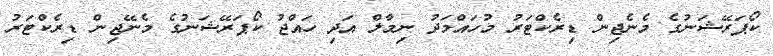
ކޯޕަރޭޝަނުގެ މެނެޖިން ޑިރެކްޓަރު މުހައްމަދު ނިމާލް އަދި ހައްޖު ކޯޕަރޭޝަނުގެ މެނޭޖިން ޑިރެކްޓަރު